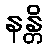
နန္တိ